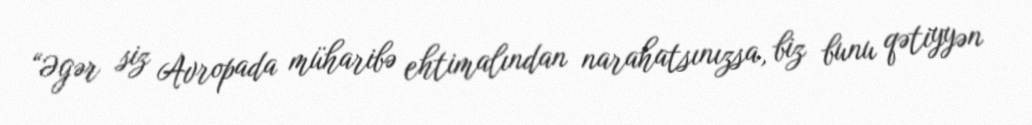
“Əgər siz Avropada müharibə ehtimalından narahatsınızsa, biz bunu qətiyyən